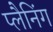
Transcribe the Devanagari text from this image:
प्लैनिंग